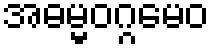
အဓမ္မဝဂ္ဂမေဝ